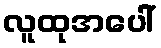
လူထုအပေါ်